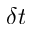
\delta t